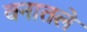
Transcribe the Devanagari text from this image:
वनातले